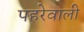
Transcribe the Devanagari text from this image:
पहरेवाली